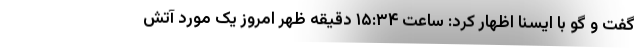
گفت و گو با ایسنا اظهار کرد: ساعت ١۵:٣۴ دقیقه ظهر امروز یک مورد آتش